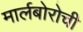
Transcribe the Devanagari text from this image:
मार्लबोरोची